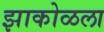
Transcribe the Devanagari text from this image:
झाकोळला